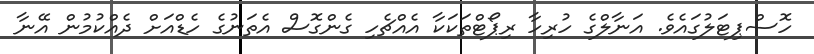
ހޮސްޕިޓަލުގައެވެ. އަނާލްގެ ހުރިހާ ރިޕޯޓްތަކަކާ އެއްޗެހި ގެންގޮސް އެތަނުގެ ހެޑްއަށް ދެއްކުމުން އޭނާ